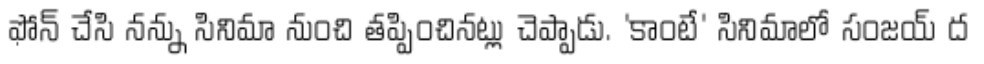
ఫోన్ చేసి నన్ను సినిమా నుంచి తప్పించినట్లు చెప్పాడు. 'కాంటే' సినిమాలో సంజయ్ ద